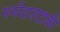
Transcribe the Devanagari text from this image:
नर्मदातटाकी